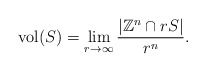
\begin{align*}\mathrm{vol}(S) =\lim_{r \to \infty} \frac{|\mathbb{Z}^n \cap rS|}{r^n}.\end{align*}